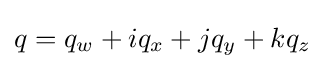
q=q_{w}+iq_{x}+jq_{y}+kq_{z}